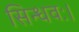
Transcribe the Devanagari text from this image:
सिन्धवः।